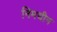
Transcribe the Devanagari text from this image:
निमचीन